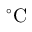
\mathrm { { } ^ { \circ } C }